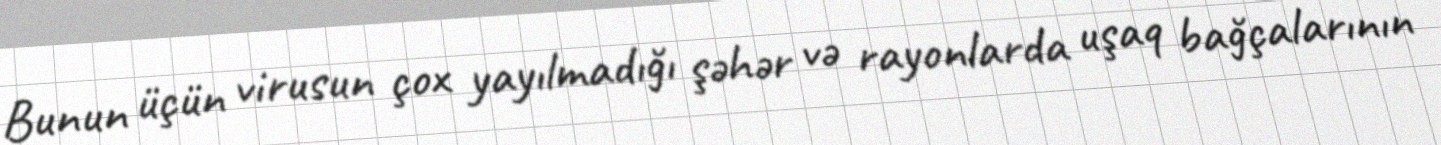
Bunun üçün virusun çox yayılmadığı şəhər və rayonlarda uşaq bağçalarının